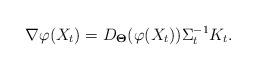
LaTeX: \begin{align*}\nabla\varphi(X_t)=D_{\bf \Theta}(\varphi(X_t))\Sigma^{-1}_tK_t.\end{align*}